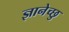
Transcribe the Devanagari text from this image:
ज्ञानेच्छु